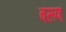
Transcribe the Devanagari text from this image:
बरूण